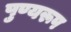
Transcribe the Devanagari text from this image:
पुण्यरूप